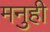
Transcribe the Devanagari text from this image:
मनुही